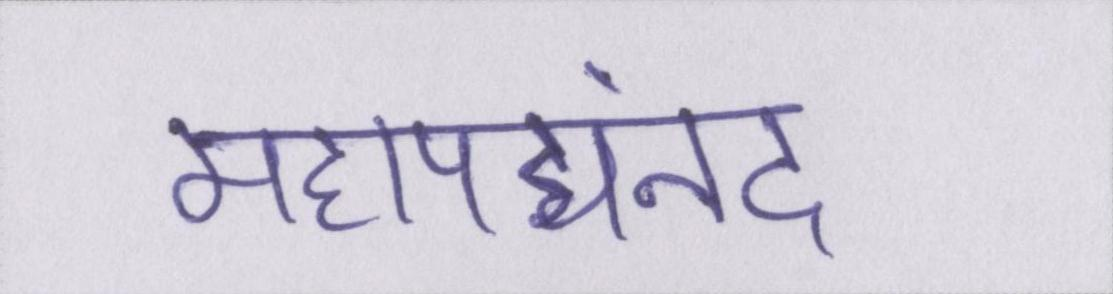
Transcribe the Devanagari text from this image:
महापद्यनंद